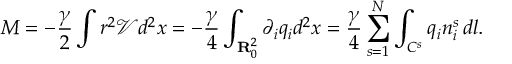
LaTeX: M = - \frac { \gamma } { 2 } \int r ^ { 2 } { \mathcal { V } } d ^ { 2 } x = - \frac { \gamma } { 4 } \int _ { { \bf { R } } _ { 0 } ^ { 2 } } \partial _ { i } q _ { i } d ^ { 2 } x = \frac { \gamma } { 4 } \sum _ { s = 1 } ^ { N } \int _ { C ^ { s } } q _ { i } n _ { i } ^ { s } \, d l .